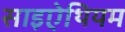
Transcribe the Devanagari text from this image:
साइऐथियम